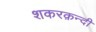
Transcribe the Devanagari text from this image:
शकरक़न्दी